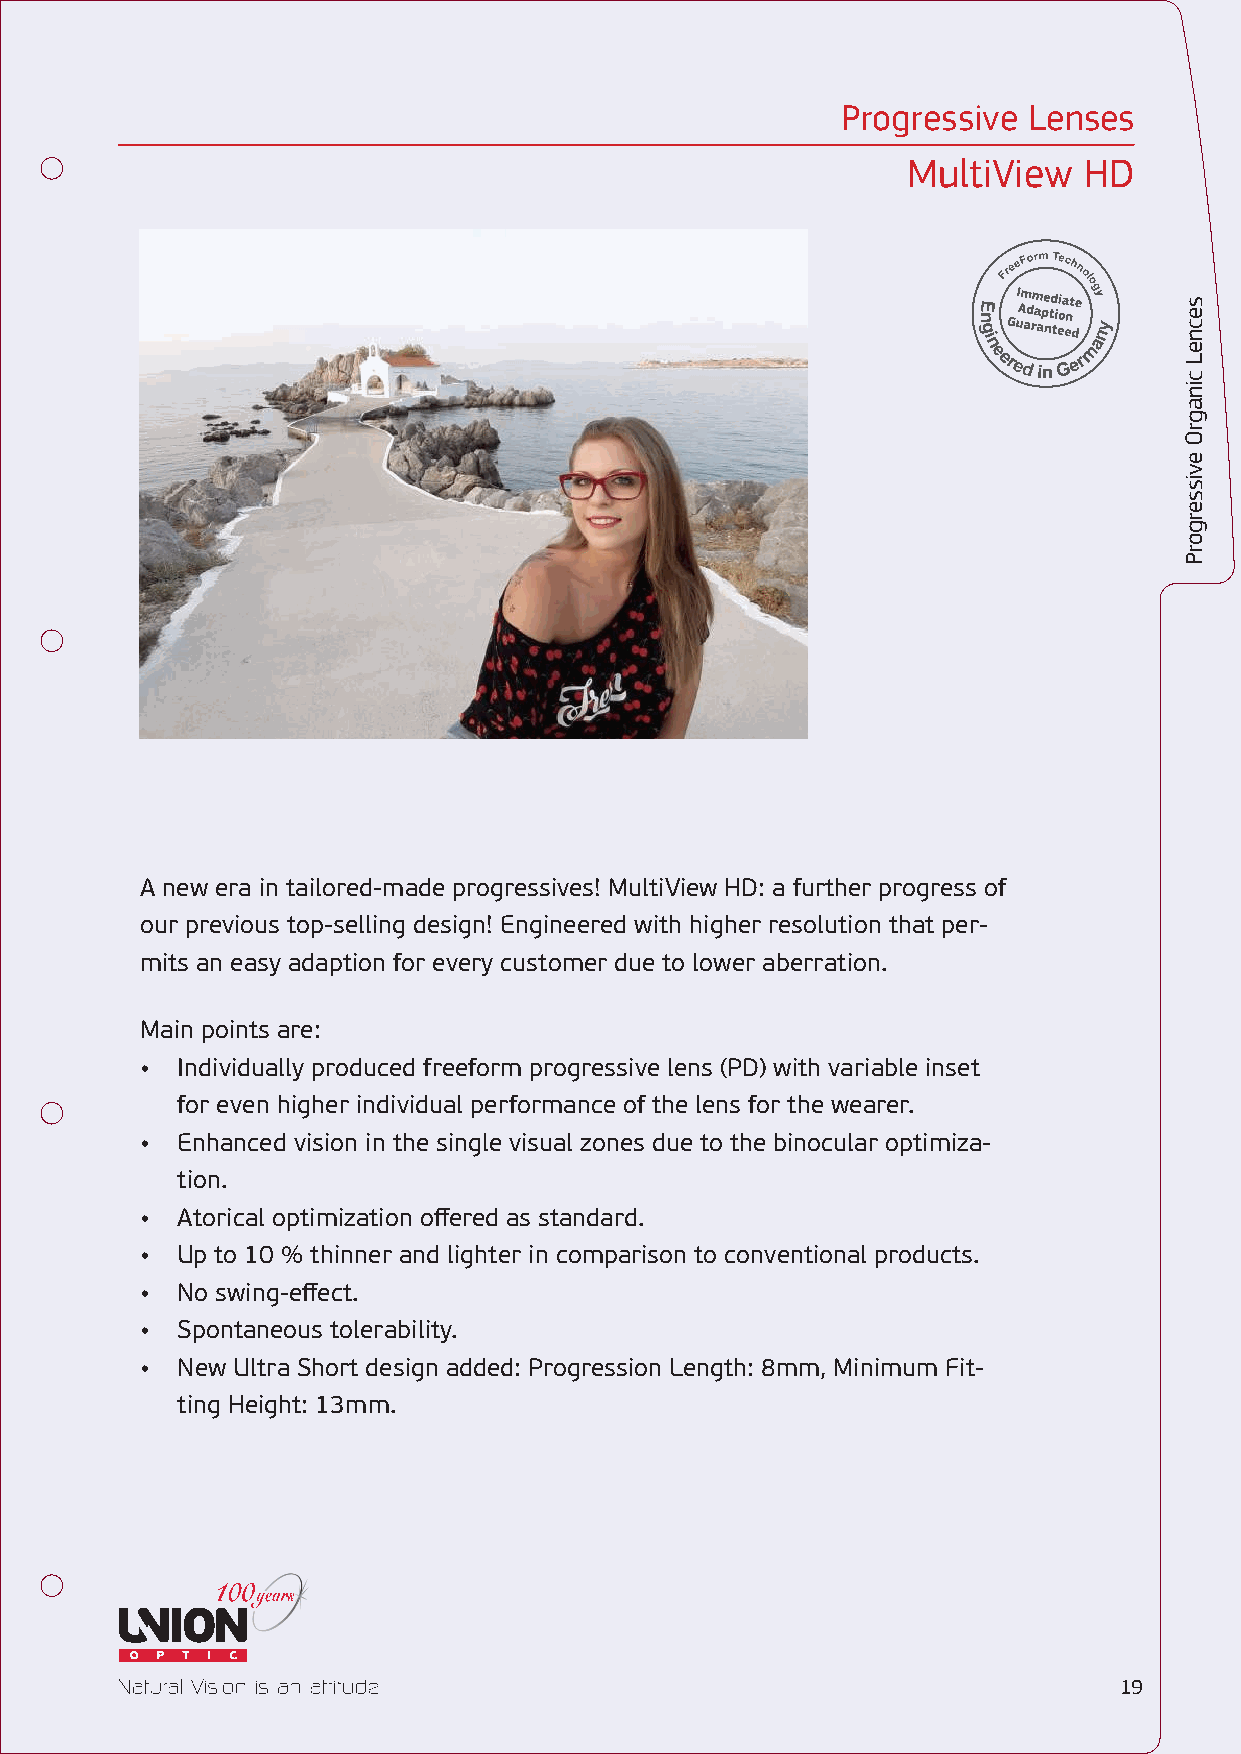
Progressive Lenses
 MultiView   HD
 A new era in tailored-made progressives! MultiView HD: a further progress of
 our previous top-selling design! Engineered with higher resolution that per-
 mits an easy adaption for every customer due to lower aberration.
 Main points are:
 •  Individually produced freeform progressive lens (PD) with variable inset
 for even higher individual performance of the lens for the wearer.
 •  Enhanced vision in the single visual zones due to the binocular optimiza-
 tion.
 •  Atorical optimization offered as standard.
 •  Up to 10 % thinner and lighter in comparison to conventional products.
 •  No swing-effect.
 •  Spontaneous tolerability.
 •  New Ultra Short design added: Progression Length: 8mm, Minimum Fit-
 ting Height: 13mm.
 1199
 secneL
 cinagrΟ
 evissergorP